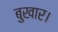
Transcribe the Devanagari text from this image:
बुखार।